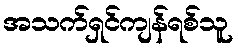
အသက်ရှင်ကျန်ရစ်သူ